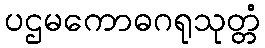
ပဌမကောဓဂရုသုတ္တံ